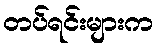
တပ်ရင်းများက